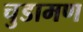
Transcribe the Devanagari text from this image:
चुडामण